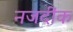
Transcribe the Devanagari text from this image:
नजदींक